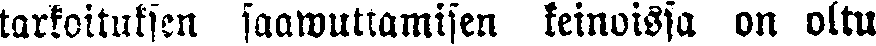
tarkoituksen saawuttamisen keinoissa on oltu